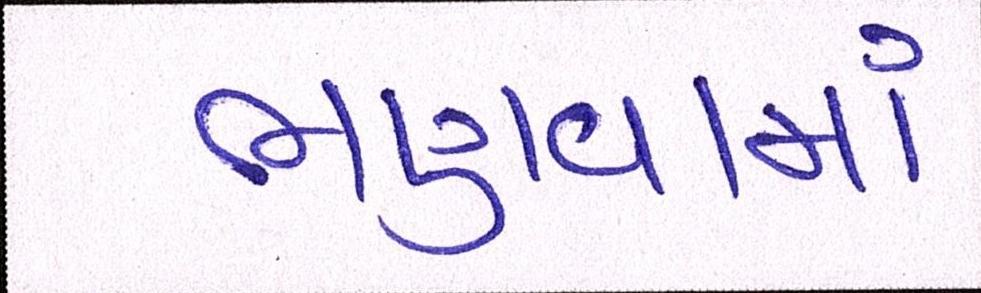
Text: ભણાવામાં